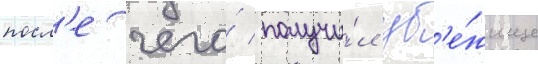
посл'е чего́ получи́л уб'е́жище